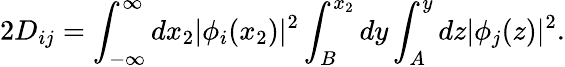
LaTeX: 2D_{ij}=\int_{-\infty}^{\infty}dx_{2}|\phi_{i}(x_{2})|^{2}\int_{B}^{x_{2}}dy\int_{A}^{y}dz|\phi_{j}(z)|^{2}.